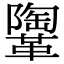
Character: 𩍂